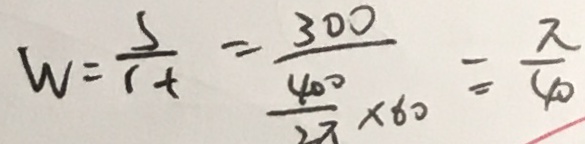
w = \frac { s } { 1 t } = \frac { 3 0 0 } { \frac { 4 0 } { 2 \pi } \times 6 0 } = \frac { \pi } { 4 0 }